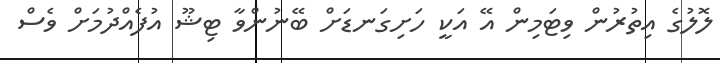
ލޮލުގެ އިތުރުން ވިޓަމިން އޭ އަކީ ހަށިގަނޑަށް ބޭނުންވާ ޓިޝޫ އުފެއްދުމަށް ވެސް